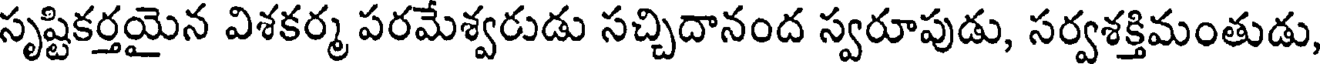
సృష్టికర్తయైన విశకర్మ పరమేశ్వరుడు సచ్చిదానంద స్వరూపుడు, సర్వశక్తిమంతుడు,